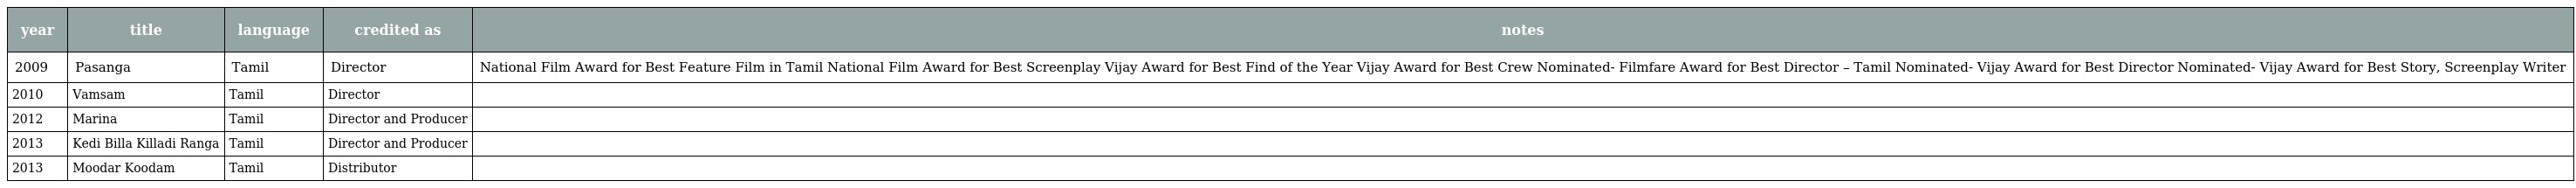
| year | title | language | credited as | notes |
 | --- | --- | --- | --- | --- |
 | 2009 | Pasanga | Tamil | Director | National Film Award for Best Feature Film in Tamil National Film Award for Best Screenplay Vijay Award for Best Find of the Year Vijay Award for Best Crew Nominated- Filmfare Award for Best Director – Tamil Nominated- Vijay Award for Best Director Nominated- Vijay Award for Best Story, Screenplay Writer |
 | 2010 | Vamsam | Tamil | Director |  |
 | 2012 | Marina | Tamil | Director and Producer |  |
 | 2013 | Kedi Billa Killadi Ranga | Tamil | Director and Producer |  |
 | 2013 | Moodar Koodam | Tamil | Distributor |  |